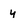
Character: y